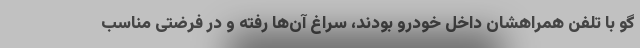
گو با تلفن همراهشان داخل خودرو بودند، سراغ آن‌ها رفته و در فرضتی مناسب